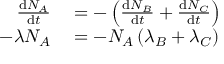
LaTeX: \begin{array} { r l } { { \frac { \mathrm { d } N _ { A } } { \mathrm { d } t } } } & { { } = - \left( { \frac { \mathrm { d } N _ { B } } { \mathrm { d } t } } + { \frac { \mathrm { d } N _ { C } } { \mathrm { d } t } } \right) } \\ { - \lambda N _ { A } } & { { } = - N _ { A } \left( \lambda _ { B } + \lambda _ { C } \right) } \end{array}